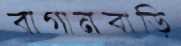
বাগানবাড়ি